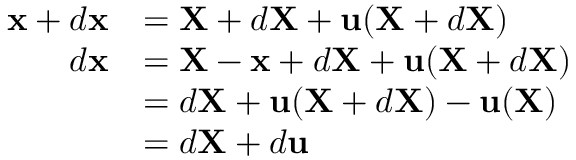
{ \begin{array} { r l } { \mathbf { x } + d \mathbf { x } } & { = \mathbf { X } + d \mathbf { X } + \mathbf { u } ( \mathbf { X } + d \mathbf { X } ) } \\ { d \mathbf { x } } & { = \mathbf { X } - \mathbf { x } + d \mathbf { X } + \mathbf { u } ( \mathbf { X } + d \mathbf { X } ) } \\ & { = d \mathbf { X } + \mathbf { u } ( \mathbf { X } + d \mathbf { X } ) - \mathbf { u } ( \mathbf { X } ) } \\ & { = d \mathbf { X } + d \mathbf { u } } \end{array} }